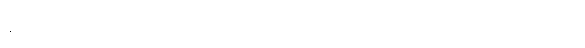
နိဋ္ဌိတံ၊ ပြီးခြင်းသို့ရောက်ပြီ။ ဧကံ၊ တပါးသော။ သမယံ၊ အခါ၌။ ဘဂဝါ၊